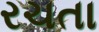
રચતા